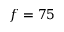
f = 7 5